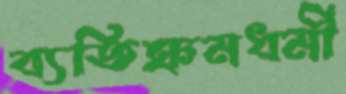
ব্যতিক্রমধর্মী